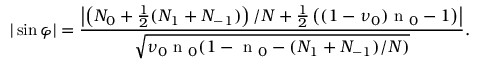
| \sin \varphi | = \frac { \left| \left( N _ { 0 } + \frac { 1 } { 2 } ( N _ { 1 } + N _ { - 1 } ) \right) / N + \frac { 1 } { 2 } \left( ( 1 - \nu _ { 0 } ) \textrm { n } _ { 0 } - 1 \right) \right| } { \sqrt { \nu _ { 0 } \textrm { n } _ { 0 } ( 1 - \textrm { n } _ { 0 } - ( N _ { 1 } + N _ { - 1 } ) / N ) } } .